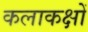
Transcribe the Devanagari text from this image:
कलाकक्षों